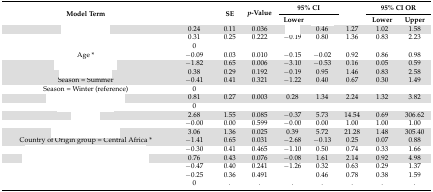
<table><thead><tr><td rowspan="2"><b>Model Term</b></td><td rowspan="2">[EMPTY_CELL]</td><td rowspan="2"><b>SE</b></td><td rowspan="2"><b><i>p</i>-Value</b></td><td colspan="2"><b>95% CI</b></td><td rowspan="2">[EMPTY_CELL]</td><td colspan="2"><b>95% CI OR</b></td></tr><tr><td><b>Lower</b></td><td>[EMPTY_CELL]</td><td><b>Lower</b></td><td><b>Upper</b></td></tr></thead><tbody><tr><td>[EMPTY_CELL]</td><td>0.24</td><td>0.11</td><td>0.036</td><td>[EMPTY_CELL]</td><td>0.46</td><td>1.27</td><td>1.02</td><td>1.58</td></tr><tr><td>[EMPTY_CELL]</td><td>0.31</td><td>0.25</td><td>0.222</td><td>−0.19</td><td>0.80</td><td>1.36</td><td>0.83</td><td>2.23</td></tr><tr><td>[EMPTY_CELL]</td><td>0</td><td>[EMPTY_CELL]</td><td>[EMPTY_CELL]</td><td>[EMPTY_CELL]</td><td>[EMPTY_CELL]</td><td>[EMPTY_CELL]</td><td>[EMPTY_CELL]</td><td>[EMPTY_CELL]</td></tr><tr><td>Age *</td><td>−0.09</td><td>0.03</td><td>0.010</td><td>−0.15</td><td>−0.02</td><td>0.92</td><td>0.86</td><td>0.98</td></tr><tr><td>[EMPTY_CELL]</td><td>−1.82</td><td>0.65</td><td>0.006</td><td>−3.10</td><td>−0.53</td><td>0.16</td><td>0.05</td><td>0.59</td></tr><tr><td>[EMPTY_CELL]</td><td>0.38</td><td>0.29</td><td>0.192</td><td>−0.19</td><td>0.95</td><td>1.46</td><td>0.83</td><td>2.58</td></tr><tr><td>Season = Summer</td><td>−0.41</td><td>0.41</td><td>0.321</td><td>−1.22</td><td>0.40</td><td>0.67</td><td>0.30</td><td>1.49</td></tr><tr><td>Season = Winter (reference)</td><td>0</td><td>[EMPTY_CELL]</td><td>[EMPTY_CELL]</td><td>[EMPTY_CELL]</td><td>[EMPTY_CELL]</td><td>[EMPTY_CELL]</td><td>[EMPTY_CELL]</td><td>[EMPTY_CELL]</td></tr><tr><td>[EMPTY_CELL]</td><td>0.81</td><td>0.27</td><td>0.003</td><td>0.28</td><td>1.34</td><td>2.24</td><td>1.32</td><td>3.82</td></tr><tr><td>[EMPTY_CELL]</td><td>0</td><td>[EMPTY_CELL]</td><td>[EMPTY_CELL]</td><td>[EMPTY_CELL]</td><td>[EMPTY_CELL]</td><td>[EMPTY_CELL]</td><td>[EMPTY_CELL]</td><td>[EMPTY_CELL]</td></tr><tr><td>[EMPTY_CELL]</td><td>2.68</td><td>1.55</td><td>0.085</td><td>−0.37</td><td>5.73</td><td>14.54</td><td>0.69</td><td>306.62</td></tr><tr><td>[EMPTY_CELL]</td><td>−0.00</td><td>0.00</td><td>0.599</td><td>−0.00</td><td>0.00</td><td>1.00</td><td>1.00</td><td>1.00</td></tr><tr><td>[EMPTY_CELL]</td><td>3.06</td><td>1.36</td><td>0.025</td><td>0.39</td><td>5.72</td><td>21.28</td><td>1.48</td><td>305.40</td></tr><tr><td>Country of Origin group = Central Africa *</td><td>−1.41</td><td>0.65</td><td>0.031</td><td>−2.68</td><td>−0.13</td><td>0.25</td><td>0.07</td><td>0.88</td></tr><tr><td>[EMPTY_CELL]</td><td>−0.30</td><td>0.41</td><td>0.465</td><td>−1.10</td><td>0.50</td><td>0.74</td><td>0.33</td><td>1.66</td></tr><tr><td>[EMPTY_CELL]</td><td>0.76</td><td>0.43</td><td>0.076</td><td>−0.08</td><td>1.61</td><td>2.14</td><td>0.92</td><td>4.98</td></tr><tr><td>[EMPTY_CELL]</td><td>−0.47</td><td>0.40</td><td>0.241</td><td>−1.26</td><td>0.32</td><td>0.63</td><td>0.29</td><td>1.37</td></tr><tr><td>[EMPTY_CELL]</td><td>−0.25</td><td>0.36</td><td>0.491</td><td>[EMPTY_CELL]</td><td>0.46</td><td>0.78</td><td>0.38</td><td>1.59</td></tr><tr><td>[EMPTY_CELL]</td><td>0</td><td>.</td><td>.</td><td>.</td><td>.</td><td>.</td><td>.</td><td>.</td></tr></tbody></table>